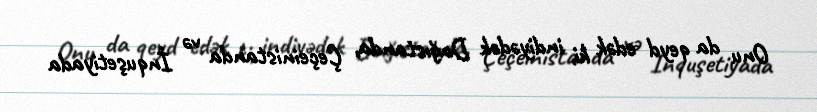
Onu da qeyd edək ki, indiyədək Dağıstanda, Çeçeinistanda və İnquşetiyada